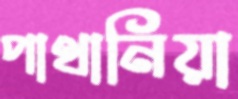
পাথানিয়া